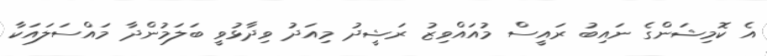
އެ ކޮމިޝަންގެ ނައިބު ރައީސް މުއައްވިޒު ރަޝީދު މިއަދު ވިދާޅުވީ ބަލަމުންދާ މައްސަލައަކާ